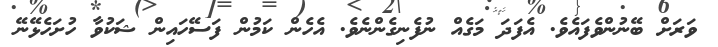
ވަރަށް ބޭނުންވެފައެވެ. އެފަދަ މަގެއް ނުފެނިގެންނެވެ. އެހެން ކަމުން ފަސޭހައިން ޝަކުވާ ހުށަހެޅޭނޭ